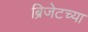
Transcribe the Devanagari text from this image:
ब्रिजेटच्या